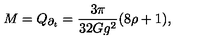
M = Q _ { \partial _ { t } } = \frac { 3 \pi } { 3 2 G g ^ { 2 } } ( 8 \rho + 1 ) ,